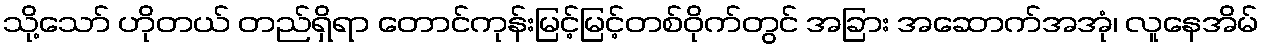
သို့သော် ဟိုတယ် တည်ရှိရာ တောင်ကုန်းမြင့်မြင့်တစ်ဝိုက်တွင် အခြား အဆောက်အအုံ၊ လူနေအိမ်